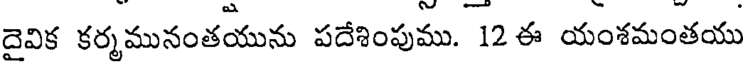
దైవిక కర్మమునంతయును పదేశింపుము. 12 ఈ యంశమంతయు